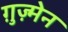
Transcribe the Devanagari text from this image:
ग़ुज़्मेन